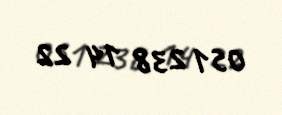
051 238 14 22